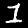
Digit: 1